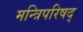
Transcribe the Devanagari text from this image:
मन्त्रिपरिषद्‍